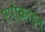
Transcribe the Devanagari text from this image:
एपोक्राइन